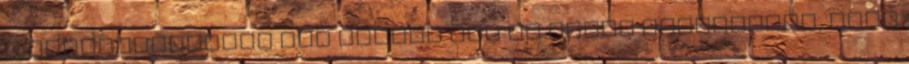
a kaloriadeficit meg mindig nem az igazi Rózsavirág, hogy